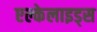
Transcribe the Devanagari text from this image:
एल्केलाइड्स